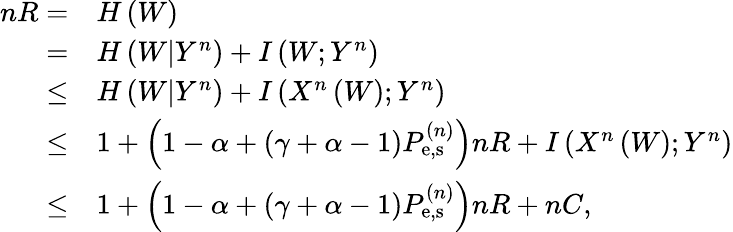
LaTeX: \begin{array}{rl}{nR=}&{H\left(W\right)}\\ {=}&{H\left({W|{Y^{n}}}\right)+I\left({W;{Y^{n}}}\right)}\\ {\leq}&{H\left({W|{Y^{n}}}\right)+I\left({{X^{n}}\left(W\right);{Y^{n}}}\right)}\\ {\leq}&{1+\left({1-\alpha+\left({\gamma+\alpha-1}\right)P_{{\mathrm{e,s}}}^{\left(n\right)}}\right)nR+I\left({{X^{n}}\left(W\right);{Y^{n}}}\right)}\\ {\leq}&{1+\left({1-\alpha+\left({\gamma+\alpha-1}\right)P_{{\mathrm{e,s}}}^{\left(n\right)}}\right)nR+n{C},}\end{array}